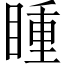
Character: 𭿍